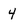
Character: 4